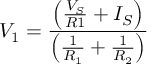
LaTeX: V _ { 1 } = { \frac { \left( { \frac { V _ { S } } { R 1 } } + I _ { S } \right) } { \left( { \frac { 1 } { R _ { 1 } } } + { \frac { 1 } { R _ { 2 } } } \right) } }